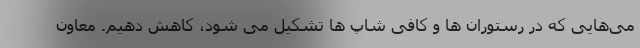
می‌هایی که در رستوران ها و کافی شاپ ها تشکیل می شود، کاهش دهیم. معاون